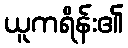
ယူကရိန်း၏